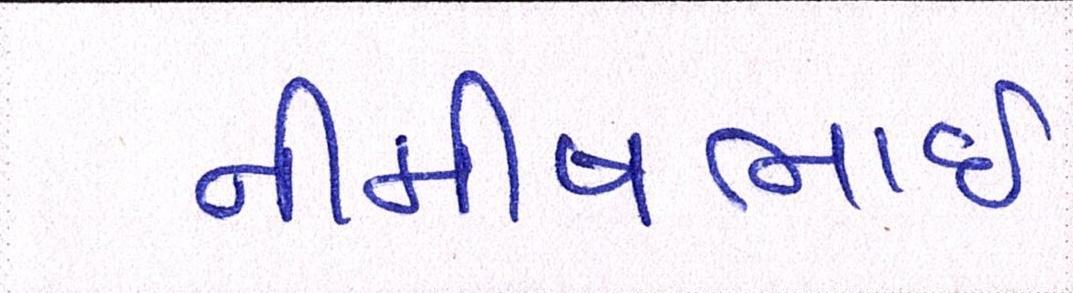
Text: નીમીષભાઈ